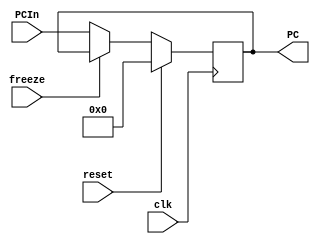
//======================//
// PC - Program Counter //
//======================//

module progCounter(
    input  wire        clk,
    input  wire        reset,
    input  wire        freeze,
    input  wire [31:0] PCIn,
    
    output reg  [31:0] PC
);

    always @(negedge clk) begin
        if (reset)
            PC <= 0;
        else if (~freeze)
            PC <= PCIn;
    end

endmodule